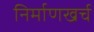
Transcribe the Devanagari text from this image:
निर्माणखर्च